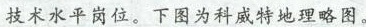
技术水平岗位。下图为科威特地理略图。